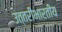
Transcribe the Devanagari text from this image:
उत्तरीभारतीय